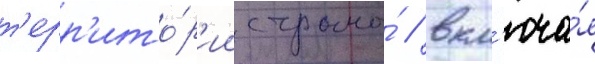
т'ерр'ито́р'ии страны́ / вкл'юча́я